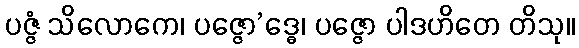
ပဇ္ဇံ သိလောကေ၊ ပဇ္ဇော’ဒ္ဓေ၊ ပဇ္ဇော ပါဒဟိတေ တိသု။